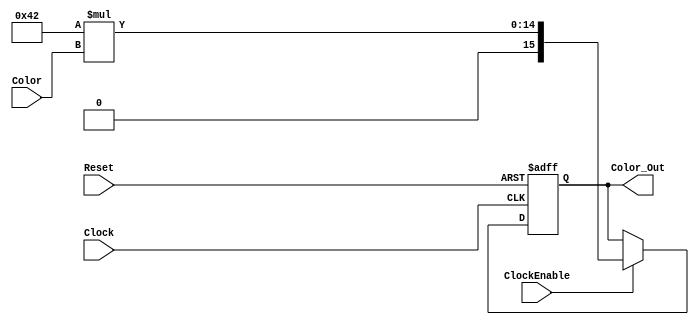
module const_mult 
(
  Clock,
  ClockEnable,
  Reset,
  Color,
  Color_Out
);

  parameter IN_SIZE   =  8;
  parameter OUT_SIZE  = 16;  // output size width (integer)
  parameter CST_MULT  = 66;  // constant multiplicand (integer)

  input Clock; 
  input ClockEnable; 
  input Reset; 
  input [ (IN_SIZE - 1):0] Color; 
  output[(OUT_SIZE - 1):0] Color_Out; 

  reg   [(OUT_SIZE - 1):0] Color_Out;

// ------------------------------
// RTL code for COLOR_KCM process
// ------------------------------
  always @(posedge Clock or posedge Reset)
  begin : COLOR_KCM
    if (Reset)
      Color_Out <= 0; 
    else if (ClockEnable)
      Color_Out <= CST_MULT * Color; 
   end 


endmodule